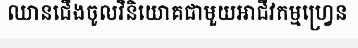
ឈានជើងចូលវិនិយោគជាមួយអាជីវកម្មហ្វ្រេន